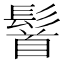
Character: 䭮